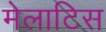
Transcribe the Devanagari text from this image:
मेलाटिस